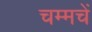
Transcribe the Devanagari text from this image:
चम्मचें